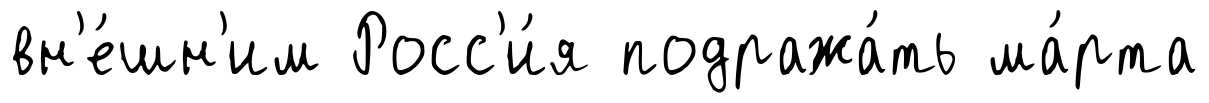
вн'е́шн'им Росс'и́я подража́ть ма́рта